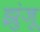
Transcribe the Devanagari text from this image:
झुंजू